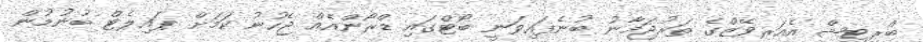
ބްރިޓިޝް އެއަރވޭޒްގެ ތަރުޖަމާނު ބުނެފައިވަނީ ބޯޓްގައި ޑްރޯންއެއް ޖެހުނު ކަމަށް ޕައިލެޓް ބުނުމުން